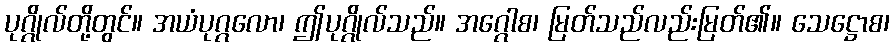
ပုဂ္ဂိုလ်တို့တွင်။ အယံပုဂ္ဂလော၊ ဤပုဂ္ဂိုလ်သည်။ အဂ္ဂေါစ၊ မြတ်သည်လည်းမြတ်၏။ သေဋ္ဌောစ၊